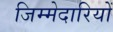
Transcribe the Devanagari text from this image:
जिम्‍मेदारियों